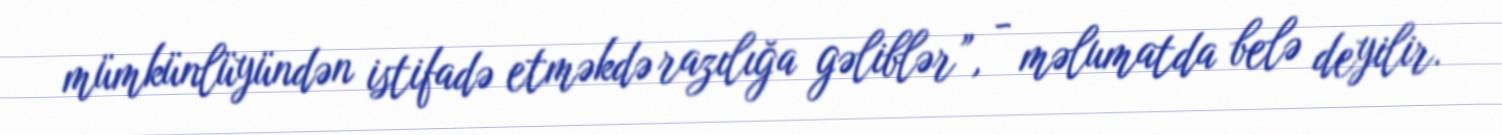
mümkünlüyündən istifadə etməkdə razılığa gəliblər”, - məlumatda belə deyilir.